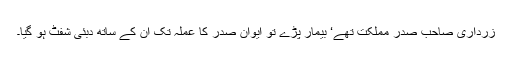
زرداری صاحب صدر مملکت تھے‘ بیمار پڑے تو ایوان صدر کا عملہ تک ان کے ساتھ دبئی شفٹ ہو گیا۔